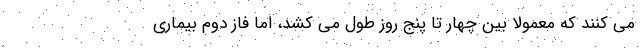
می کنند که معمولا بین چهار تا پنج روز طول می کشد، اما فاز دوم بیماری